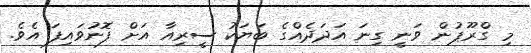
މި ގްރޫޕުން ވަނީ ގިނަ އަދަދެއްގެ ބަޔަކު ސީރިއާ އަށް ފޮނުވައިފަ އެވެ.